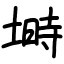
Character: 塒